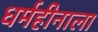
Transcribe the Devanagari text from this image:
धर्महीनाला